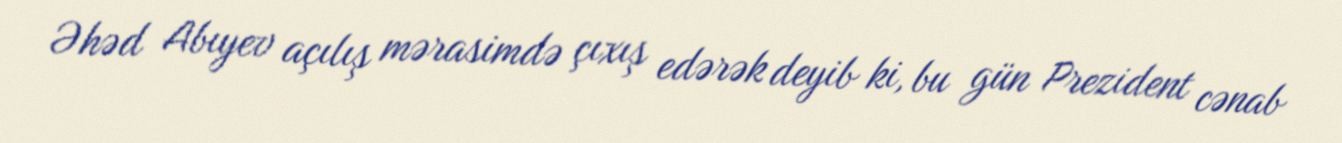
Əhəd Abıyev açılış mərasimdə çıxış edərək deyib ki, bu gün Prezident cənab